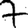
Digit: 7